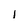
Character: i